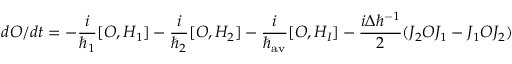
d { \cal O } / d t = - { \frac { i } { \hbar _ { 1 } } } [ { \cal O } , { \cal H } _ { 1 } ] - { \frac { i } { \hbar _ { 2 } } } [ { \cal O } , { \cal H } _ { 2 } ] - { \frac { i } { \hbar _ { \mathrm { a v } } } } [ { \cal O } , { \cal H } _ { I } ] - { \frac { i \Delta \hbar ^ { - 1 } } { 2 } } ( J _ { 2 } { \cal O } J _ { 1 } - J _ { 1 } { \cal O } J _ { 2 } )